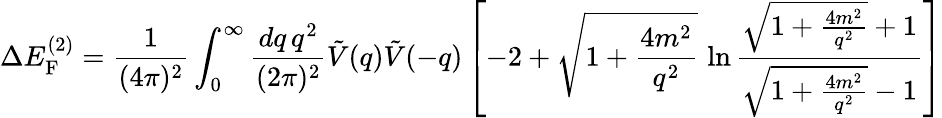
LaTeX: \Delta E_{\mathrm{F}}^{(2)}=\frac{1}{(4\pi)^{2}}\int_{0}^{\infty}\frac{dq\, q^{2}}{(2\pi)^{2}}\tilde{V}(q)\tilde{V}(-q)\left[-2+\sqrt{1+\frac{4m^{2}}{q^{2}}}\, \ln\frac{\sqrt{1+\frac{4m^{2}}{q^{2}}}+1}{\sqrt{1+\frac{4m^{2}}{q^{2}}}-1}\right]